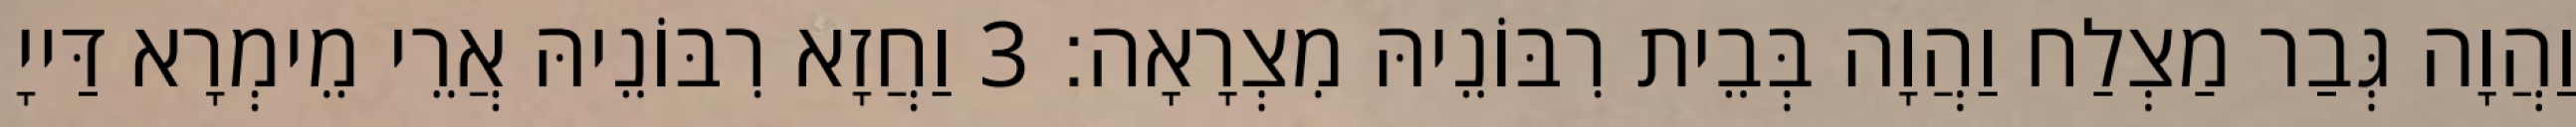
וַהֲוָה גְּבַר מַצְלַח וַהֲוָה בְּבֵית רִבּוֹנֵיהּ מִצְרָאָה׃ 3 וַחֲזָא רִבּוֹנֵיהּ אֲרֵי מֵימְרָא דַּייָ